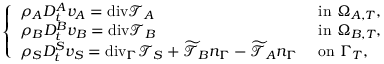
\left\{ \begin{array} { l l } { \rho _ { A } D _ { t } ^ { A } v _ { A } = \mathrm { { d i v } } \mathcal { T } _ { A } } & { \mathrm { ~ i n ~ } \Omega _ { A , T } , } \\ { \rho _ { B } D _ { t } ^ { B } v _ { B } = { \mathrm { d i v } } \mathcal { T } _ { B } } & { \mathrm { ~ i n ~ } \Omega _ { B , T } , } \\ { \rho _ { S } D _ { t } ^ { S } v _ { S } = \mathrm { { d i v } } _ { \Gamma } \mathcal { T } _ { S } + \widetilde { \mathcal { T } } _ { B } n _ { \Gamma } - \widetilde { \mathcal { T } } _ { A } n _ { \Gamma } } & { \mathrm { ~ o n ~ } \Gamma _ { T } , } \end{array} \right.